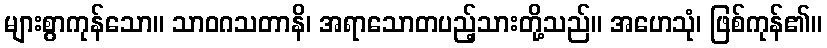
များစွာကုန်သော။ သာဝဂသတာနိ၊ အရာသောတပည့်သားတို့သည်။ အဟေသုံ၊ ဖြစ်ကုန်၏။